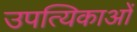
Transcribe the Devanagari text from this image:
उपत्यिकाओं